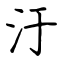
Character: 汙